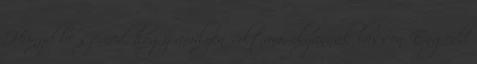
Hunyd be szemed, hogy amilyen voltam, olyannak lásson Engedd